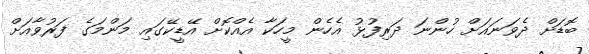
ބޮޑަށް ދެވަނައަށް ހުންނަ ދަރިފުޅު އެހެން މީހަކާ އެއްކޮށް އޭޑީކޭގައި މަންމަގެ ފަރުވާއަށް